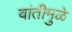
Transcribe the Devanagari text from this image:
वांतीमुळे